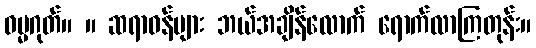
ဓမ္မဂုတ်။ ။ ဆရာဝန်များ ဘယ်အချိန်လောက် ရောက်လာကြတုန်း။